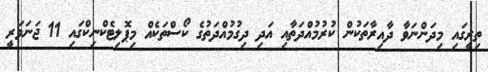
ތިރީގައި މިދަންނަވާ ދާއިރާތަކުން ކުރުމުއްދަތާއި އަދި ދިގުމުއްދަތުގެ ކޯސްތަކެއް މިޕޮލިޓެކްނިކްގައި 11 ޖަނަވަރީ